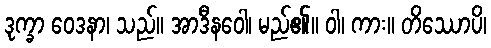
ဒုက္ခာ ဝေဒနာ၊ သည်။ အာဒီနဝေါ၊ မည်၏။ ဝါ၊ ကား။ တိဿောပိ၊